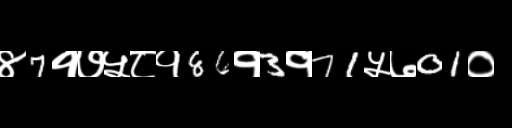
Text: ४7१७५८१86१3१71५७01०